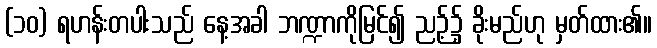
(၁၀) ရဟန်းတပါးသည် နေ့အခါ ဘဏ္ဍာကိုမြင်၍ ညဉ့်၌ ခိုးမည်ဟု မှတ်ထား၏။